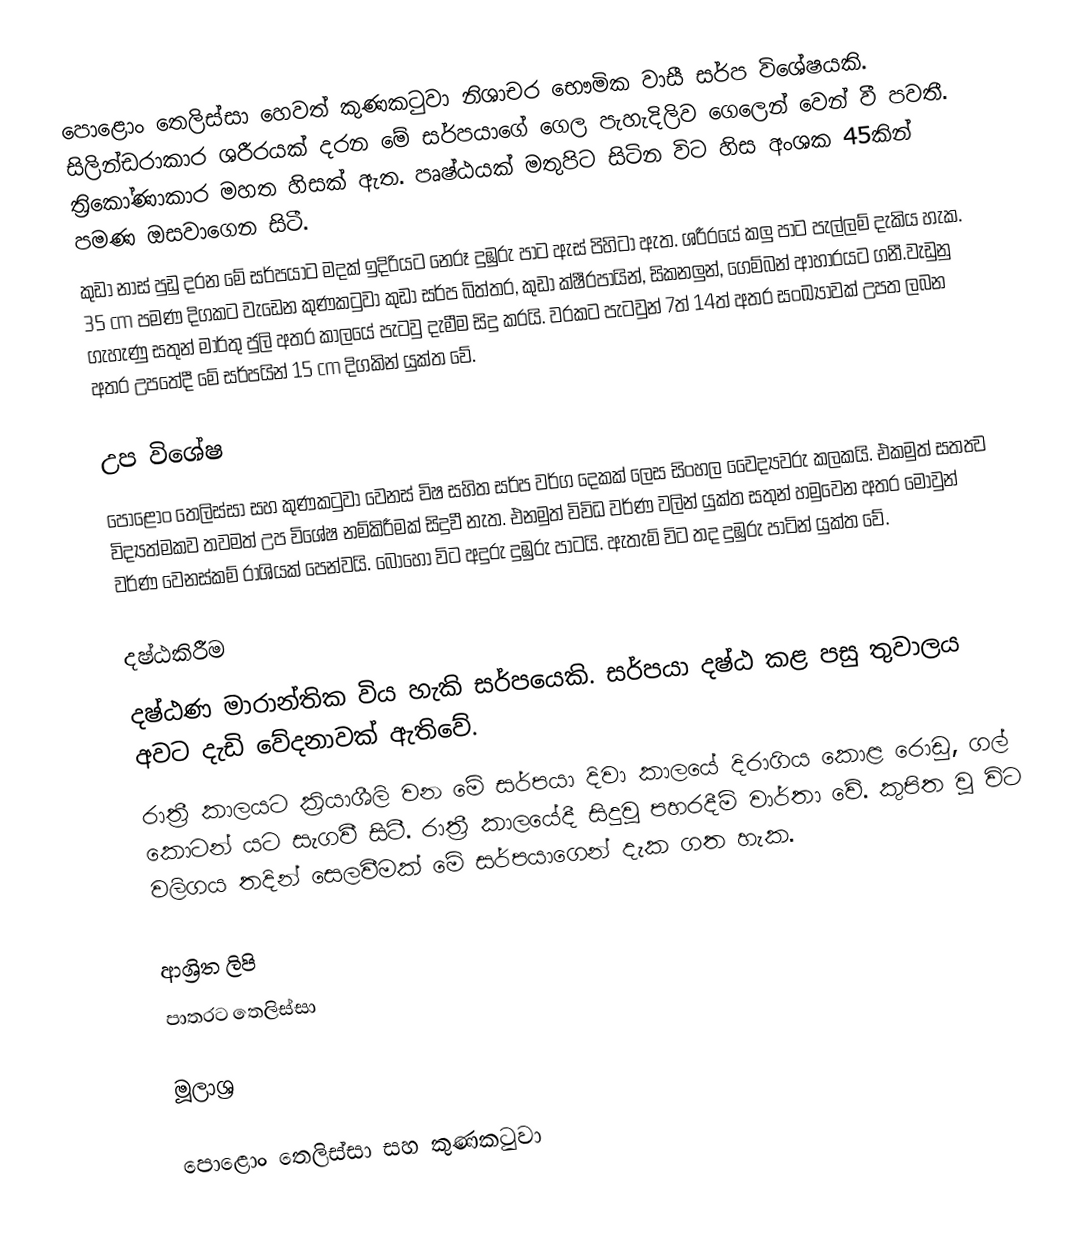
පොළොං තෙලිස්සා හෙවත් කුණකටුවා  නිශාචර භෞමික වාසී සර්ප විශේෂයකි. සිලින්ඩරාකාර ශරීරයක් දරන මේ සර්පයාගේ ගෙල පැහැදිලිව ගෙලෙන් වෙන් වී පවතී.  ත්‍රිකෝණාකාර මහත හිසක් ඇත. පෘෂ්ඨයක් මතුපිට සිටින විට හිස අංශක 45කින් පමණ ඔසවාගෙන සිටී.
කුඩා නාස් පුඩු දරන මේ සර්පයාට මදක් ඉදිරියට නෙරූ දුඹුරු පාට ඇස් පිහිටා ඇත. ශරීරයේ කලු පාට පැල්ලම් දැකිය හැක. 35 cm පමණ දිගකට වැඩෙන කුණකටුවා කුඩා සර්ප බිත්තර, කුඩා ක්ෂීරපායින්,  සිකනලුන්, ගෙම්බන් ආහාරයට ගනී.වැඩුනු ගැහැණු සතුන් මාර්තු ජුලි අතර කාලයේ පැටවු දැමීම සිදු කරයි. වරකට පැටවුන් 7ත් 14ත් අතර සංඛ්‍යාවක් උපත ලබන අතර උපතේදී මේ සර්පයින් 15 cm දිගකින් යුක්ත වේ.

උප විශේෂ
පොළොං තෙලිස්සා සහ කුණකටුවා වෙනස් විෂ සහිත සර්ප වර්ග දෙකක් ලෙස සිංහල වෛද්‍යවරු කලකයි. එකමුත් සතත්‍ව විද්‍යත්මකව තවමත් උප විශේෂ නම්කිරීමක් සිදුවී නැත. එනමුත් විවිධ වර්ණ වලින් යුක්ත සතුන් හමුවෙන අතර මොවුන් වර්ණ වෙනස්කම් රාශියක් පෙන්වයි.  බොහෝ විට අදුරු දුඹුරු පාටයි. ඇතැම් විට තද දුඹුරු පාටින් යුක්ත වේ.

දෂ්ඨකිරීම
දෂ්ඨණ මාරාන්තික විය හැකි සර්පයෙකි. සර්පයා දෂ්ඨ කළ පසු තුවාලය අවට දැඩි වේදනාවක් ඇතිවේ.
රාත්‍රී කාලයට ක්‍රියාශීලි වන මේ සර්පයා දිවා කාලයේ දිරාගිය කොළ රොඩු, ගල් කොටන් යට සැගවී සිටී.  රාත්‍රී කාලයේදී සිදුවූ පහරදීම් වාර්තා වේ. කුපිත වූ විට වලිගය තදින් සෙලවීමක් මේ සර්පයාගෙන් දැක ගත හැක.

ආශ්‍රිත ලිපි
 පාතරට තෙලිස්සා

මූලාශ්‍ර

පොළොං තෙලිස්සා සහ කුණකටුවා